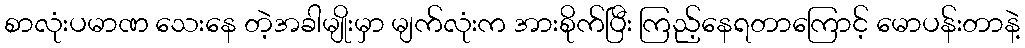
စာလုံးပမာဏ သေးနေ တဲ့အခါမျိုးမှာ မျက်လုံးက အားစိုက်ပြီး ကြည့်နေရတာကြောင့် မောပန်းတာနဲ့